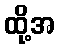
ထို့အ